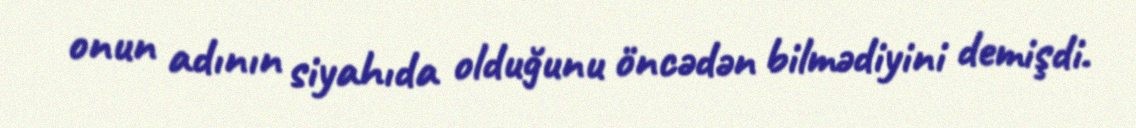
onun adının siyahıda olduğunu öncədən bilmədiyini demişdi.